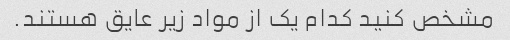
مشخص کنید کدام یک از مواد زیر عایق هستند.